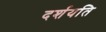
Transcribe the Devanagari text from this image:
दर्शयति